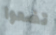
تضعوا